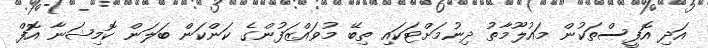
އަދި އޮފީސްތަކުން މައުލޫމާތު ދިނުމަށްޓަކައި ތިބޭ މުވައްޒަފުންގެ ކަންކަން ބަލަން ކޮމިޝަނާ އޮފް